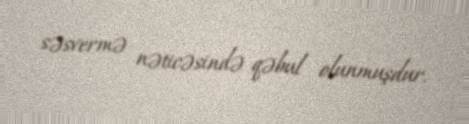
səsvermə nəticəsində qəbul olunmuşdur.